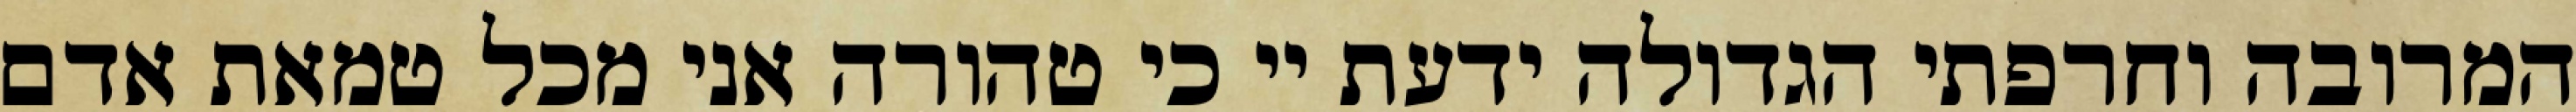
המרובה וחרפתי הגדולה ידעת יי כי טהורה אני מכל טמאת אדם